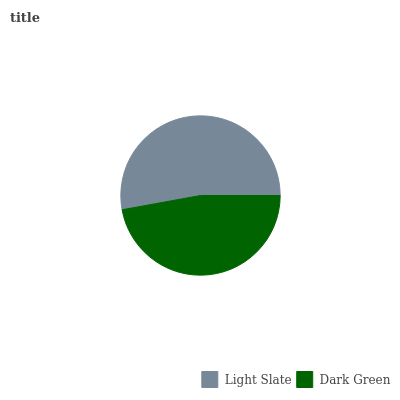
| Light Slate | Dark Green |
 | --- | --- |
 | 52.9% | 47.1% |